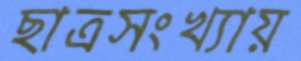
ছাত্রসংখ্যায়